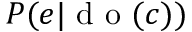
P ( e | \mathrm { ~ d ~ o ~ } ( c ) )